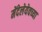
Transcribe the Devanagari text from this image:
मेंदेलेयेवच्या